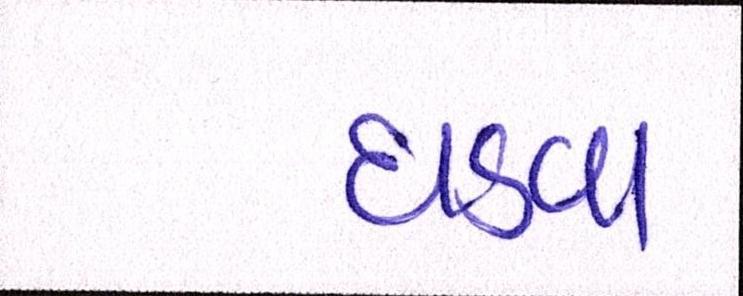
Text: ઘડવા